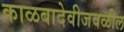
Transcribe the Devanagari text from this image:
काळबादेवीजवळील